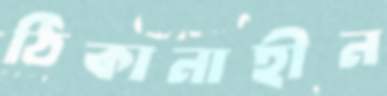
ঠিকানাহীন